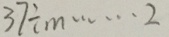
3 7 \div m \cdots 2